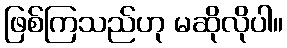
ဖြစ်ကြသည်ဟု မဆိုလိုပါ။